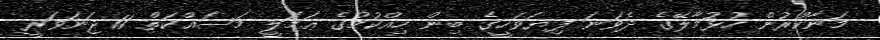
މަނާކުރުން ހުޅުމާލޭގެ ދެވަނަ ފިޔަވަހީގެ ބިން ހިއްކުމުގެ ޢަމަލީ މަސައްކަތް 11 ޖަނަވަރީ